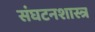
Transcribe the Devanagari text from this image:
संघटनशास्त्र